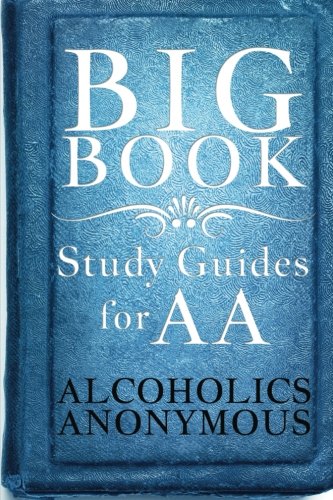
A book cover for Big Book Study Guides For AA; Alcoholics Anonymous; Health, Fitness & Dieting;